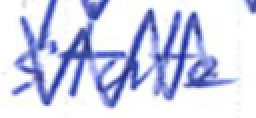
Text: state
Cross-out: zig-zag
Writing tool: ballpoint